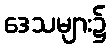
ဒေသများ၌